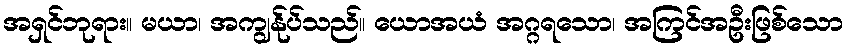
အရှင်ဘုရား။ မယာ၊ အကျွန်ုပ်သည်။ ယောအယံ အဂ္ဂရသော၊ အကြင်အဦးဖြစ်သော